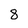
Character: 8